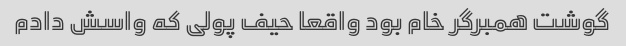
گوشت همبرگر خام بود واقعا حیف پولی که واسش دادم